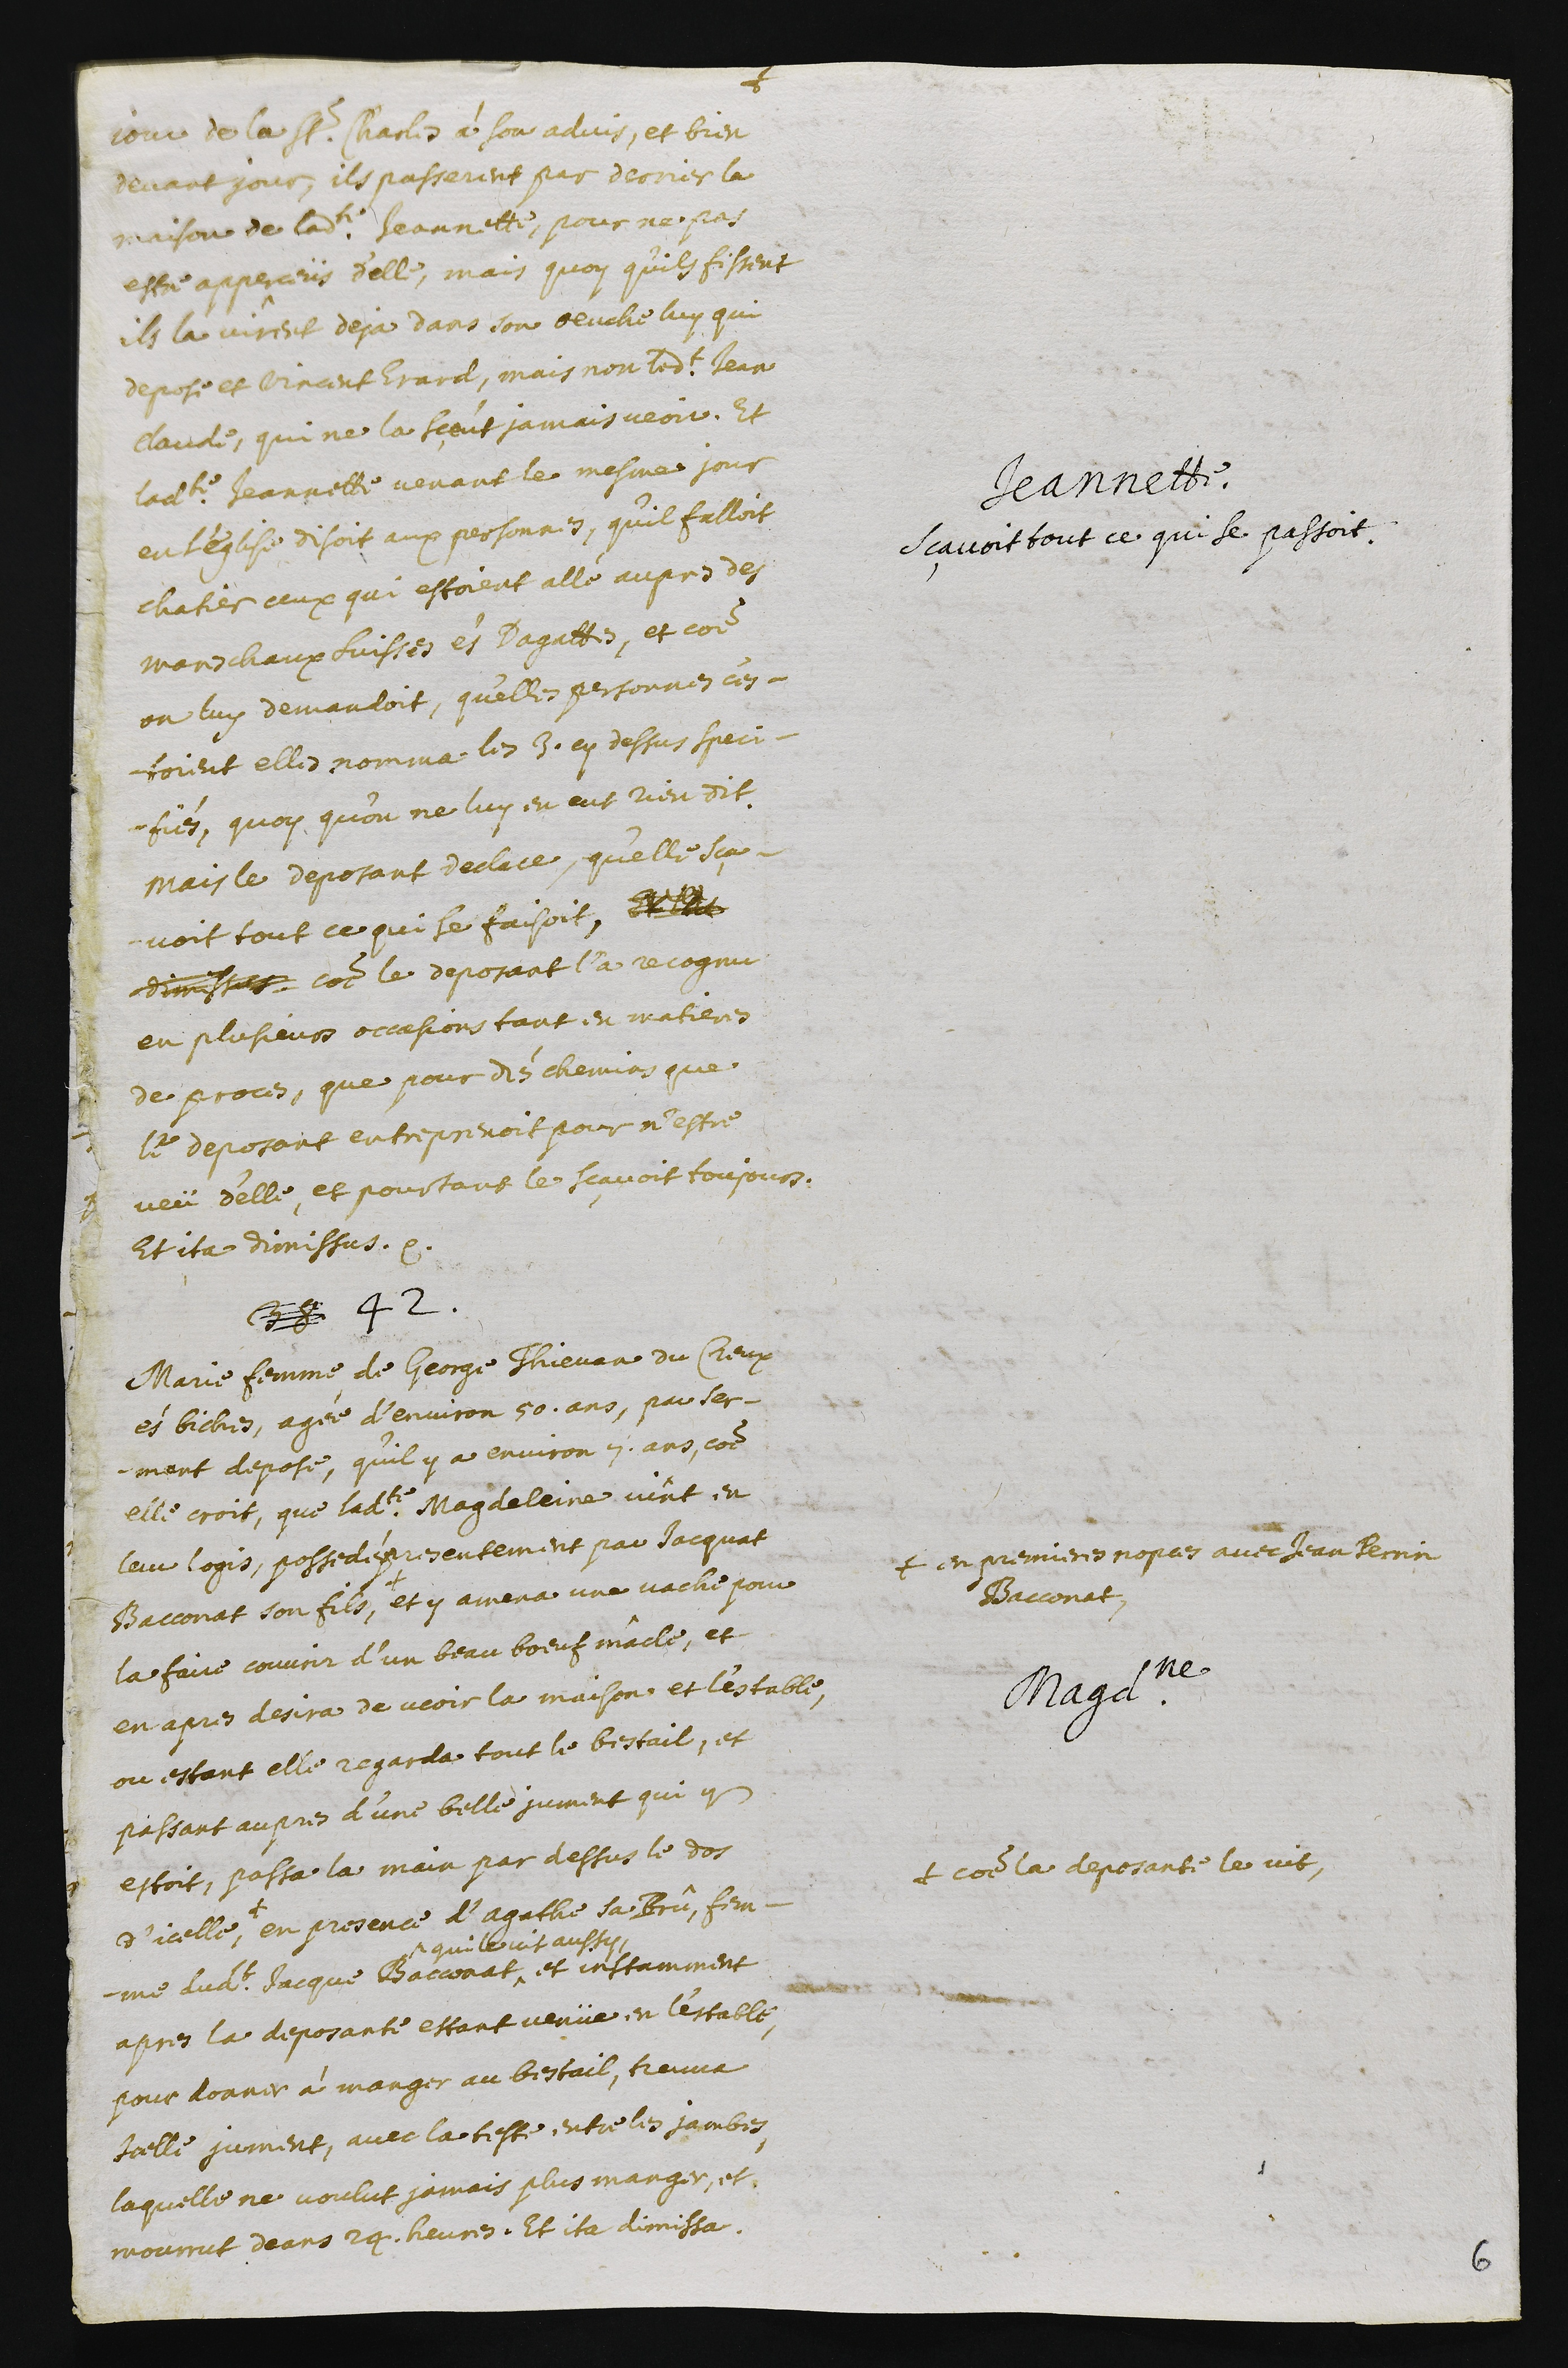
jour de la St. Charles à son advis, et bien
devant jour, ils passerent, par derrier la
maison de ladite Jeannette, pour ne pas
estre apperceüs d’elle, mais quoy qu’ils fissent
ils la virent deja dans son oeuche luy qui
depose et Vincent Erard, mais non ledit Jean
Claude, qui ne la sçeut jamais veoir.
Jeannette.
Sçavoit tout ce qui se passoit.
Et
ladite Jeannette venant le mesme jour
en l’eglise disoit aux personnes, qu’il falloit
chatier ceux qui estoient allé aupres des
mareschaux suisses és Dagettes. Et comme
on luy demandoit, qu'elles personnes c’es-
toient elles nomma les 3. cy dessus speci-
fiés, quoy qu’on ne luy en eut rien dit.
Mais le deposant declare, qu’elle sça-
voit tout ce qui se faisoit, et ita
dimissus comme le deposant l’a recognu
en plusieurs occasions tant en matieres
de proces, que pour dés chemins que
le deposant entreprenoit pour n’estre
veü d’elle, et pourtant le sçavoit toujours.
Et ita dimissus. ??
Magdeleine.
38 42.
Marie femme de George Thievan du Creux
és biches, agée d’environ 50. ans, par ser-
ment depose, qu’il y a environ 7. ans, comme
elle croit, que ladite Magdeleine vint en
leur logis, possedé presentement par Jacquat
Bacconat son fils, +
+ en premieres nopces avec Jean Pernin
Bacconat,
et y amena une vache pour
la faire couvrir d’un beau bœuf mâcle, et
en apres desira de veoir la maison et l’estable,
ou estant elle regarda tout le bestail, et
passant aupres d’une belle jument qui y
estoit, passa la main par dessus le dos
d’icelle, +
+ comme la deposante le vit,
en presence d’Agathe sa brû, fem-
me dudit Jacque Bacconat ^
^ qui les vit aussy
et instamment
apres la deposante estant venüe en l’estable,
pour donner à manger au bestail, treuva
icelle jument, avec la teste entre les jambes,
laquelle ne voulut jamais plus manger, et
mourrut deans 24. heures. Et ita dimissa.